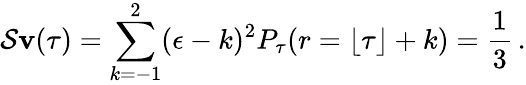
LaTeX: \operatorname{\mathcal{S}\mathbf{v}}(\tau)=\sum_{k=-1}^{2}(\epsilon-k)^{2}P_{\tau}(r=\lfloor\tau\rfloor+k)=\frac{1}{3}\, .